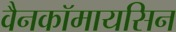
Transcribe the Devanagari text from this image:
वैनकॉमायसिन